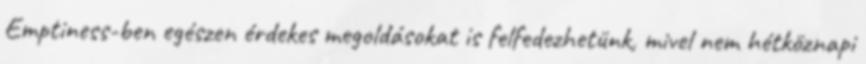
Emptiness-ben egészen érdekes megoldásokat is felfedezhetünk, mivel nem hétköznapi